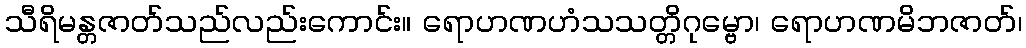
သီရိမန္တဇာတ်သည်လည်းကောင်း။ ရောဟဏဟံသသတ္တိဂုမ္ဗော၊ ရောဟဏမိဘဇာတ်၊